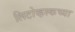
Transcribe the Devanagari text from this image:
लिटोव्हस्कच्या